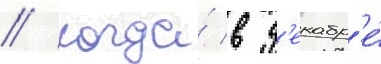
// Когда́ в д'екабр'е́